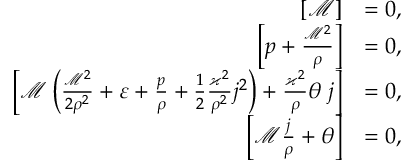
\begin{array} { r l } { \left[ \mathcal { M } \right] } & { = 0 , } \\ { \left[ p + \frac { \mathcal { M } ^ { 2 } } { \rho } \right] } & { = 0 , } \\ { \left[ \mathcal { M } \left( \frac { \mathcal { M } ^ { 2 } } { 2 \rho ^ { 2 } } + \varepsilon + \frac { p } { \rho } + \frac { 1 } { 2 } \frac { \varkappa ^ { 2 } } { \rho ^ { 2 } } j ^ { 2 } \right) + \frac { \varkappa ^ { 2 } } { \rho } \theta \; j \right] } & { = 0 , } \\ { \left[ \mathcal { M } \frac { j } { \rho } + \theta \right] } & { = 0 , } \end{array}